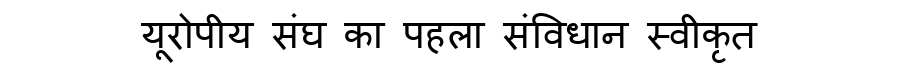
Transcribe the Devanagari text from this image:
यूरोपीय संघ का पहला संविधान स्वीकृत